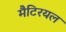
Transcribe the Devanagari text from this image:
मैटिरयल